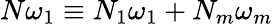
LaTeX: N\omega_{1}\equiv N_{1}\omega_{1}+N_{m}\omega_{m}